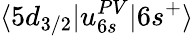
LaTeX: \langle 5d_{3/2}|u_{6s}^{PV}|6s^{+}\rangle